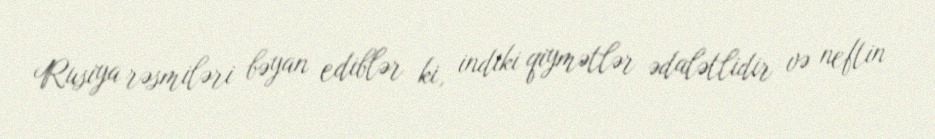
Rusiya rəsmiləri bəyan ediblər ki, indiki qiymətlər ədalətlidir və neftin